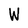
Character: W